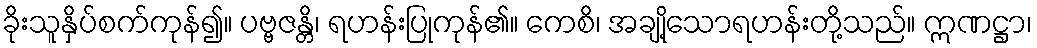
ခိုးသူနှိပ်စက်ကုန်၍။ ပဗ္ဗဇန္တိ၊ ရဟန်းပြုကုန်၏။ ကေစိ၊ အချို့သောရဟန်းတို့သည်။ ဣဏဋ္ဌာ၊